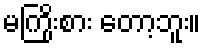
မကြိုးစား တော့ဘူး။